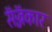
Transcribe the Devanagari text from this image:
सॅज्जॅकार